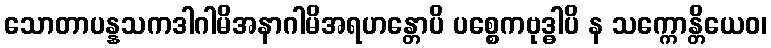
သောတာပန္နသကဒါဂါမိအနာဂါမိအရဟန္တောပိ ပစ္စေကဗုဒ္ဓါပိ န သက္ကောန္တိယေဝ၊